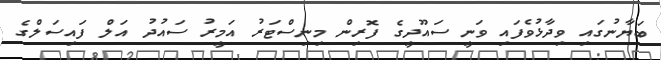
ބަޔާނުގައި ވިދާޅުވެފައި ވަނީ ސައޫދީގެ ފޮރިން މިނިސްޓަރު އަމީރު ސައުދު އަލް ފައިސަލްގެ